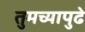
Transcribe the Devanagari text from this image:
तुमच्यापुढे